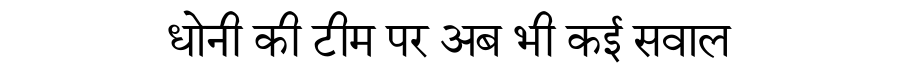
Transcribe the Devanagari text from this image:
धोनी की टीम पर अब भी कई सवाल